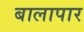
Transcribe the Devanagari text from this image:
बालापार